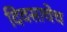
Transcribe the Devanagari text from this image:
दिवसाचेच